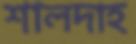
শালদাহ